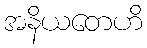
အနိယတေဟိ